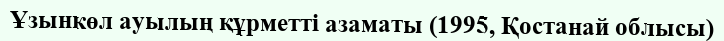
Ұзынкөл ауылың құрметті азаматы (1995, Қостанай облысы)